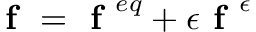
\textbf { f } = \textbf { f } ^ { e q } + \epsilon \textbf { f } ^ { \epsilon }